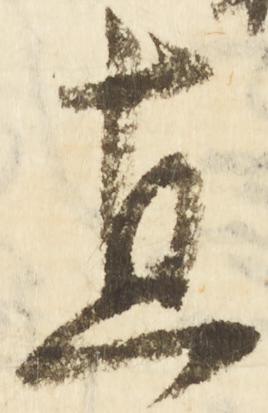
直